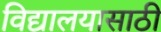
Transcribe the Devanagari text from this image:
विद्यालयासाठी